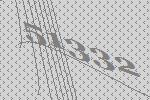
51332